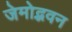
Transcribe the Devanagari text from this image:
जेमोद्भवन